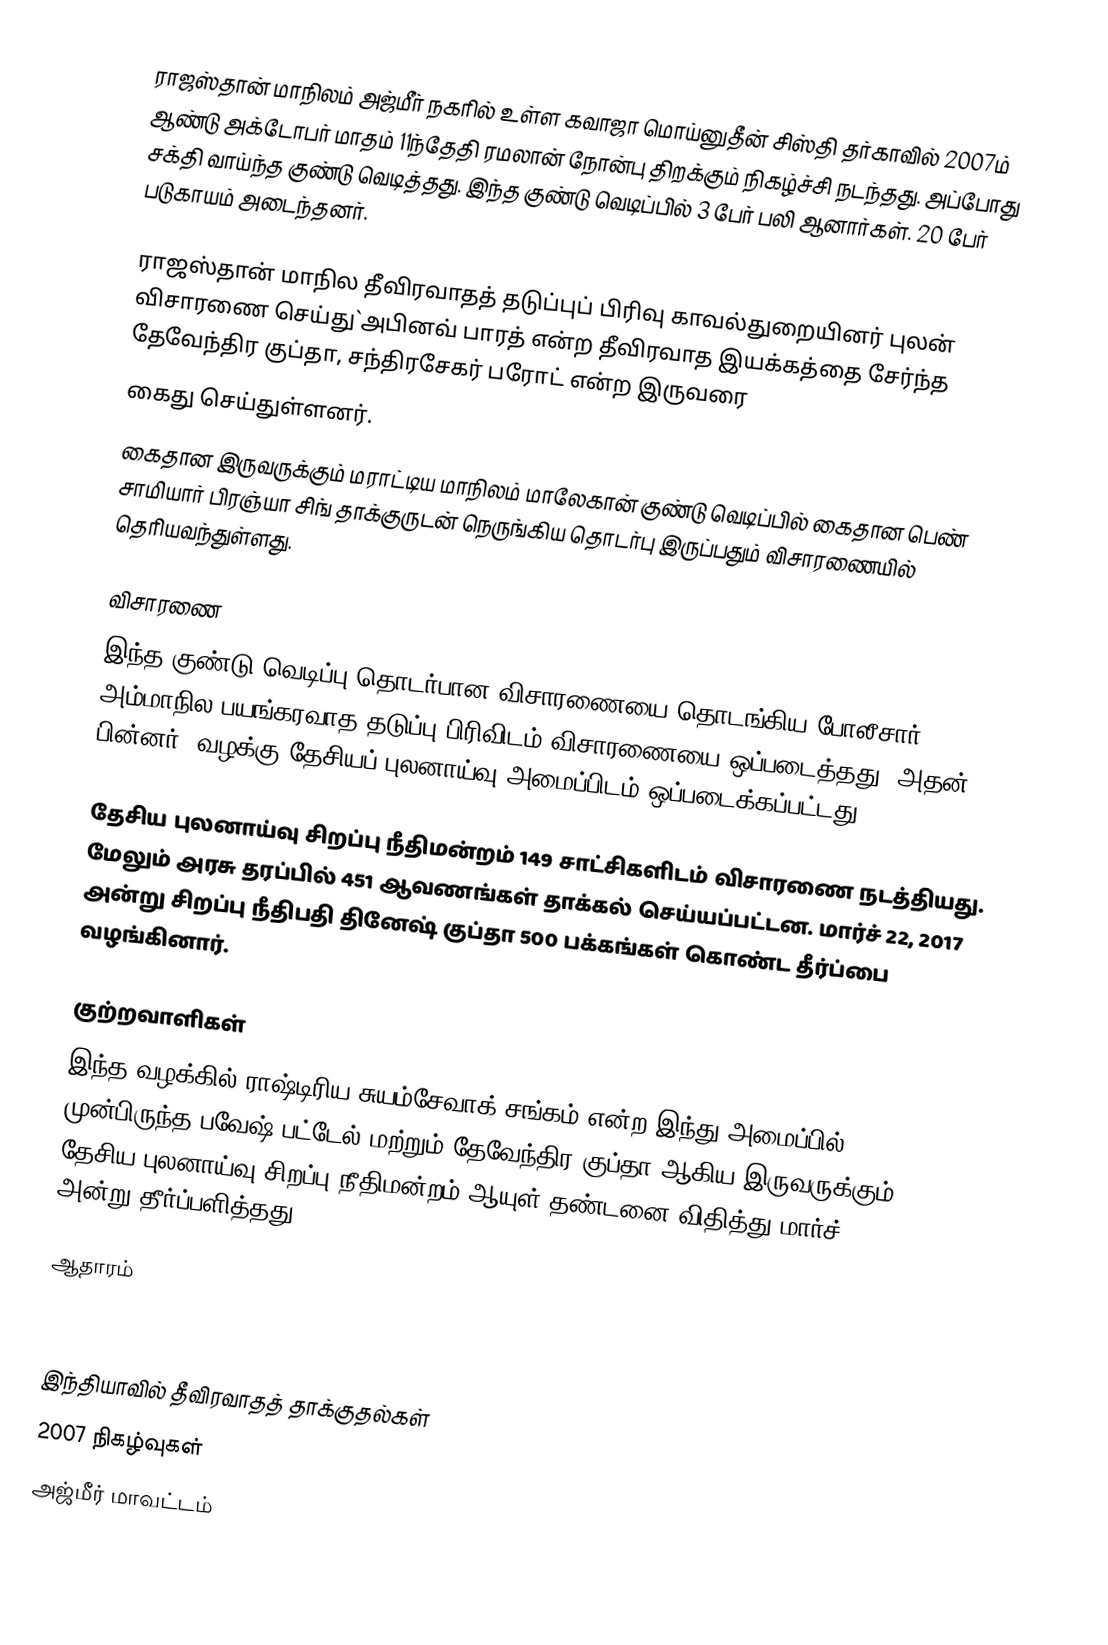
ராஜஸ்தான் மாநிலம் அஜ்மீர் நகரில் உள்ள கவாஜா மொய்னுதீன் சிஸ்தி தர்காவில் 2007ம் ஆண்டு அக்டோபர் மாதம் 11ந்தேதி ரமலான் நோன்பு திறக்கும் நிகழ்ச்சி நடந்தது. அப்போது சக்தி வாய்ந்த குண்டு வெடித்தது. இந்த குண்டு வெடிப்பில் 3 பேர் பலி ஆனார்கள். 20 பேர் படுகாயம் அடைந்தனர்.

ராஜஸ்தான் மாநில தீவிரவாதத் தடுப்புப் பிரிவு காவல்துறையினர் புலன் விசாரணை செய்து`அபினவ் பாரத் என்ற தீவிரவாத இயக்கத்தை சேர்ந்த தேவேந்திர குப்தா, சந்திரசேகர் பரோட் என்ற இருவரை
கைது செய்துள்ளனர்.
கைதான இருவருக்கும் மராட்டிய மாநிலம்  மாலேகான் குண்டு வெடிப்பில் கைதான பெண் சாமியார் பிரஞ்யா சிங் தாக்குருடன் நெருங்கிய தொடர்பு இருப்பதும் விசாரணையில் தெரியவந்துள்ளது.

விசாரணை
இந்த குண்டு வெடிப்பு தொடர்பான விசாரணையை தொடங்கிய போலீசார் அம்மாநில பயங்கரவாத தடுப்பு பிரிவிடம் விசாரணையை ஒப்படைத்தது. அதன் பின்னர், வழக்கு தேசியப் புலனாய்வு அமைப்பிடம் ஒப்படைக்கப்பட்டது.

தேசிய புலனாய்வு சிறப்பு நீதிமன்றம் 149 சாட்சிகளிடம் விசாரணை நடத்தியது. மேலும் அரசு தரப்பில் 451 ஆவணங்கள் தாக்கல் செய்யப்பட்டன. மார்ச் 22, 2017 அன்று சிறப்பு நீதிபதி தினேஷ் குப்தா 500 பக்கங்கள் கொண்ட தீர்ப்பை வழங்கினார்.

குற்றவாளிகள்
இந்த வழக்கில் ராஷ்டிரிய சுயம்சேவாக் சங்கம் என்ற இந்து அமைப்பில் முன்பிருந்த பவேஷ் பட்டேல் மற்றும் தேவேந்திர குப்தா ஆகிய இருவருக்கும் தேசிய புலனாய்வு சிறப்பு நீதிமன்றம் ஆயுள் தண்டனை விதித்து மார்ச் 22, 2017 அன்று தீர்ப்பளித்தது.

ஆதாரம்

இந்தியாவில் தீவிரவாதத் தாக்குதல்கள்
2007 நிகழ்வுகள்
அஜ்மீர் மாவட்டம்